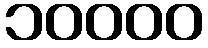
၁၀၀၀၀